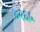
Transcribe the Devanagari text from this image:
४२६५